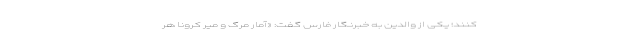
کنند؛ یکی از والدین به خبرنگار فارس گفت: «آمار مرگ و میر کرونا هر